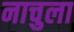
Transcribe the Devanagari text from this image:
नाचुला